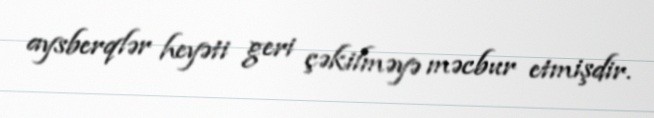
aysberqlər heyəti geri çəkilməyə məcbur etmişdir.